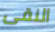
النقى